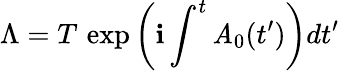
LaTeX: \Lambda=T\, \exp\left(\mathbf{i}\int^{t}\mathit{A}_{0}(t^{\prime})\right)dt^{\prime}